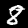
Label: 8